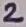
Text: 2